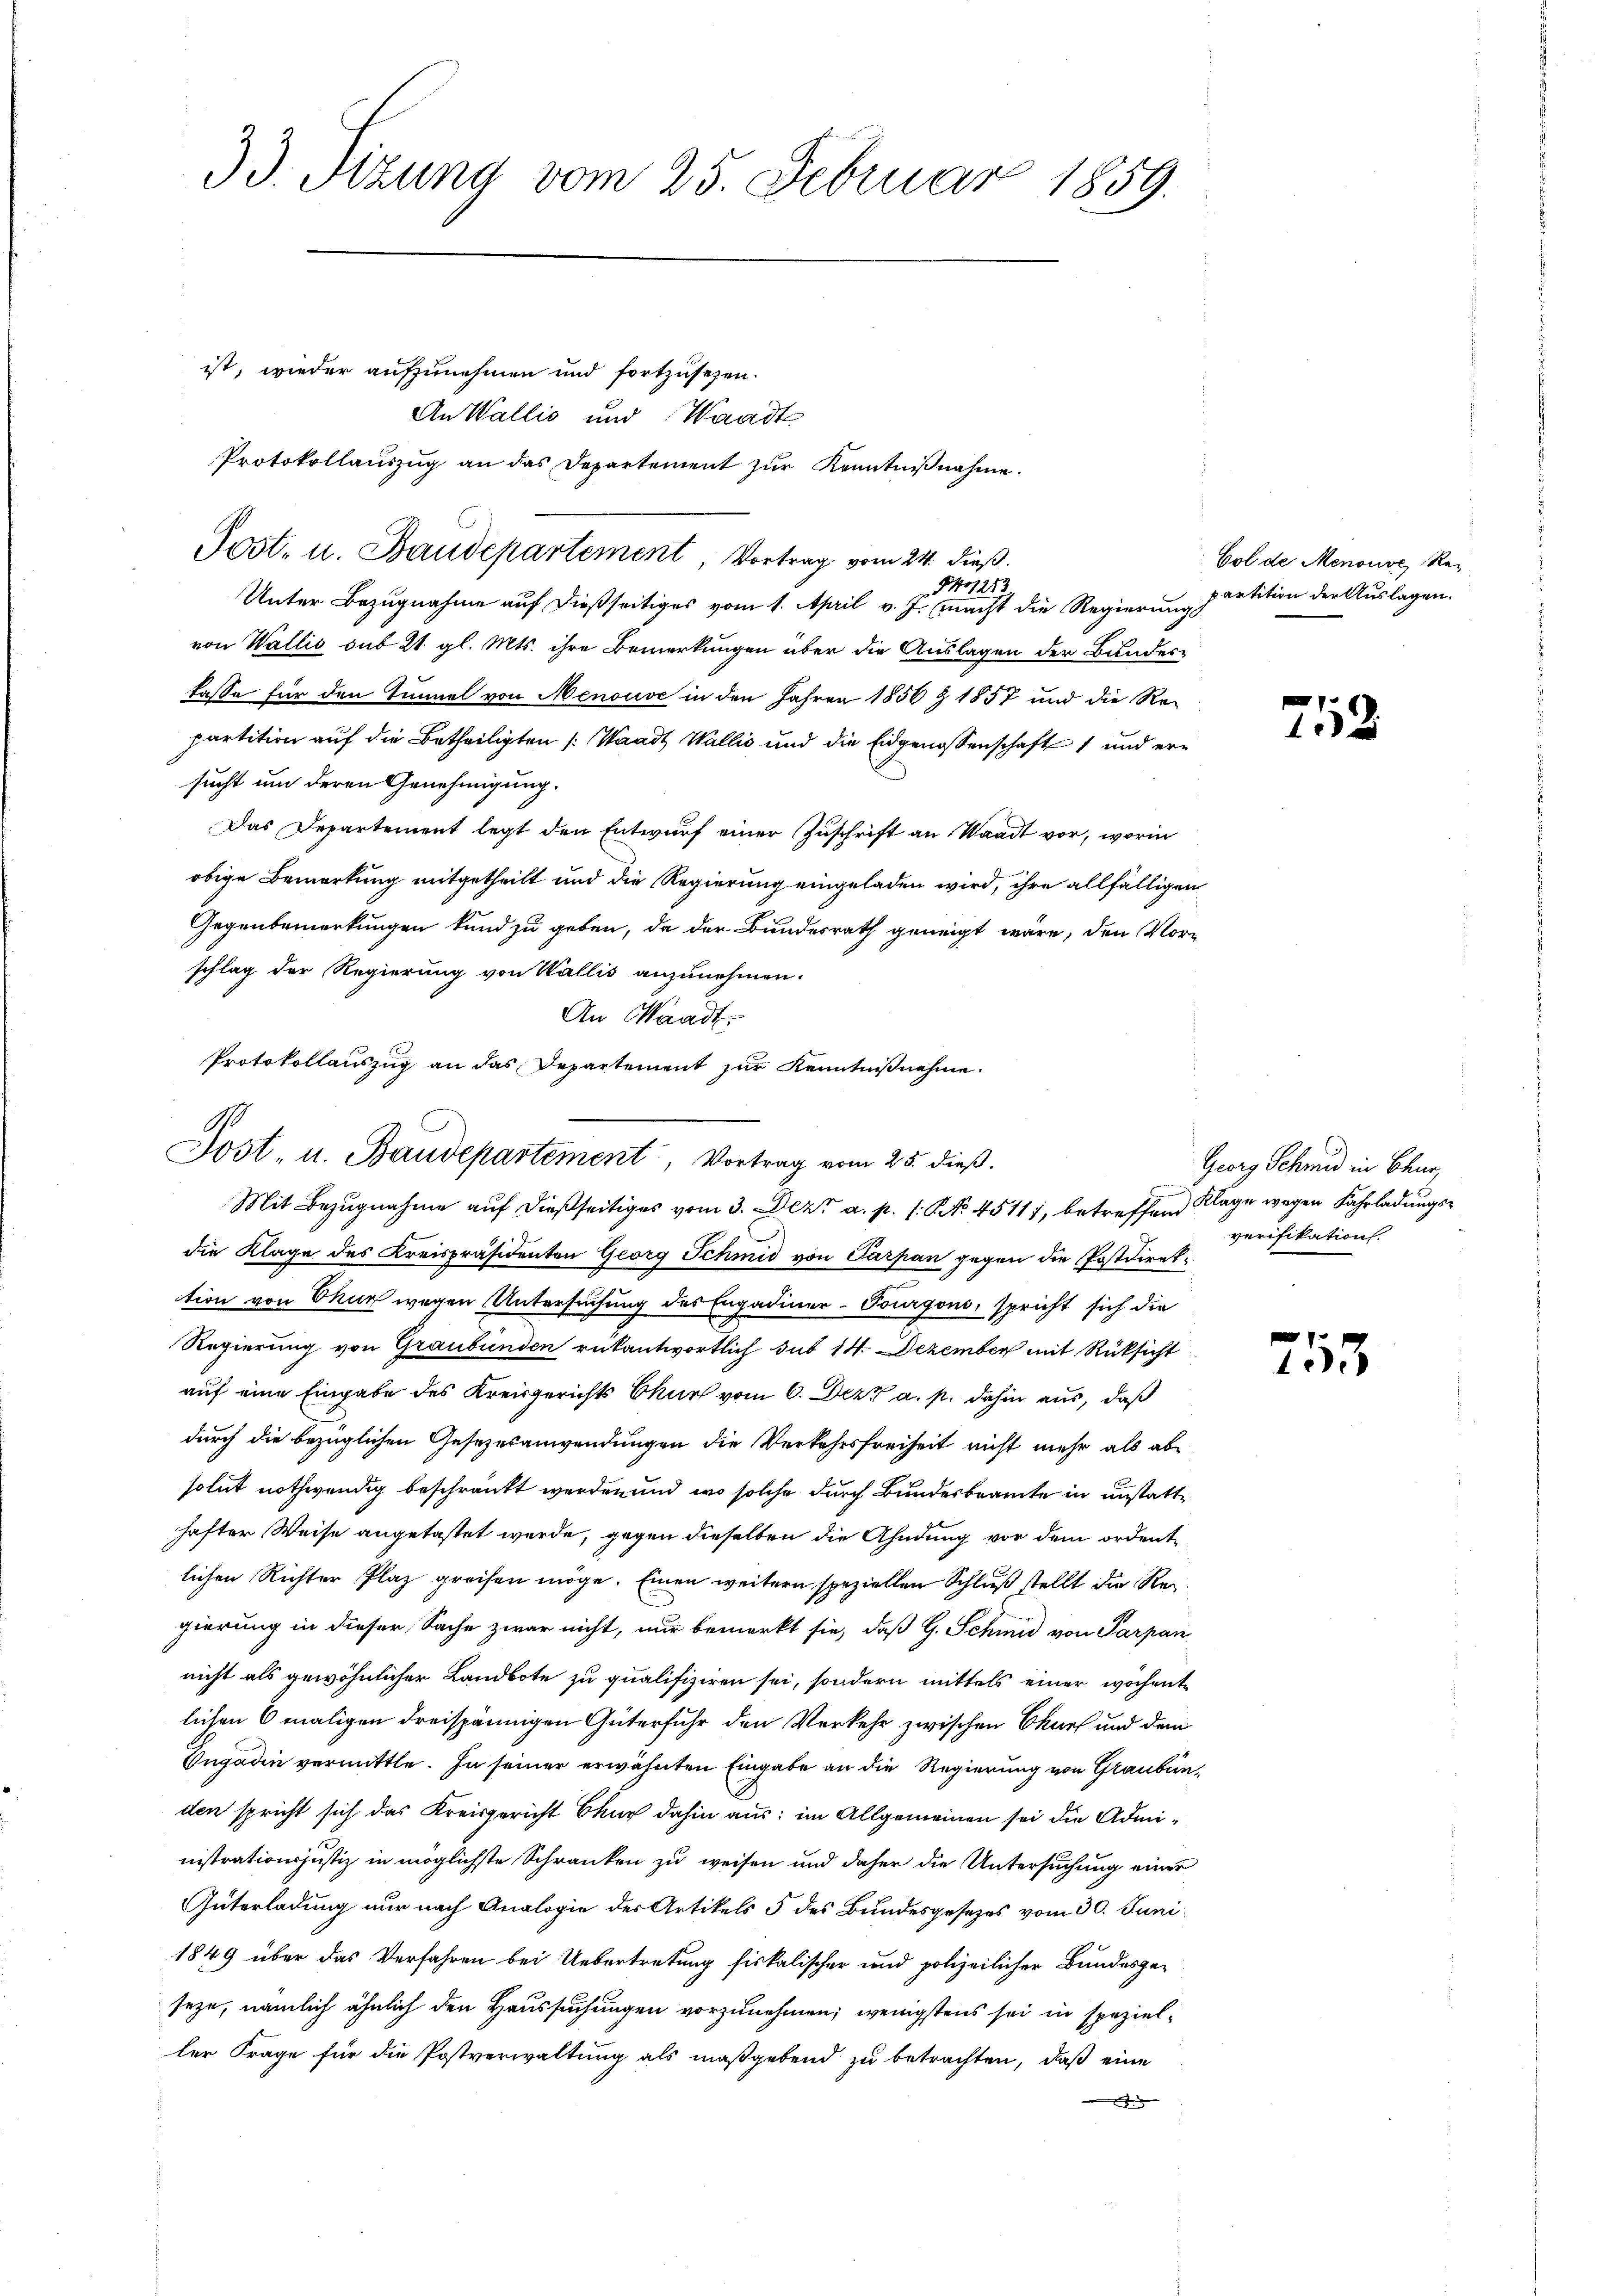
33. Sizung vom 25. Februar 1859.

ist, wieder aufzunehmen und fortzusehen.
An Wallis und Waadt

Protokollauszug an das Departement zur Kenntniβnahme.

Unter Bezugnahme auf dießseitiges vom 1. April v. J. macht die Regierungs
von Wallis sub 21. gl. Mts. ihre Bemerkungen über die Auslagen der Bundes-
lasse für den Tiel von Menouve in den Jahren 1856 § 1857 und die Re-
partition auf die Betheiligten (Waadt Wallis und die Eidgenossenschaft 1 und ersucht um deren Genehmigung.
Das Departement legt den Entwurf einer Zuschrift an Waadt vor, worin
obige Bemerkung mitgetheilt und die Regierung eingeladen wird, ihre allfälligen
Gegenbemerkungen kund zu geben, da der Bundesrath geneigt wäre, den Vorschlag der Regierung von Wallis anzunehmen.
die Klage des Kreispräsidenten Georg Schmid von Parpan gegen die Postdireke
tion von Chur wegen Untersuchung des Engadiner-Tourgoni, spricht sich die
Regierung von Graubünden rükantwortlich sub 14. Dezember mit Rücksicht
auf eine Eingabe des Kreisgerichts Chur vom 6. Dez. a. p. dahin aus, daß
durch die bezüglichen Gesezesanwendungen die Verkehrsfreiheit nicht mehr als abe
solut nothwendig beschränkt werden und wo solche durch Bundesbeamte in unstatthafter Weise angetastet werde, gegen dieselben die Ahndung vor dem ordentlichen Richter Plaz greifen möge. Einen weitern speziellen Schluß stellt die Regierung in dieser Sache zwar nicht, nur bemerkt sie, daß G. Schmid von Parpan
nicht als gewöhnlicher Landbote zu qualifiziren sei, sondern mittels einer wöchente
lichen 6 maligen dreispännigen Güterfuhr den Verkehr zwischen Churf und dem
Engadin vermittle. In seiner erwähnten Eingabe an die Regierung von Graubünden spricht sich das Kreisgericht Chur dahin aus: im Allgemeinen sei die Administrationsjustiz in möglichste Schranken zu weisen und daher die Untersuchung einer
Güterladung nur nach Analogie der Artikels 5 des Bundesgesezes vom 30. Juni
1849 über das Verfahren bei Uebertretung fiskalischer und polizeilicher Bundesgeseze, nämlich ähnlich den Haussuchungen vorzunehmen; wenigstens sei in spezieller Frage für die Postverwaltung als maßgebend zu betrachten, daß eine

An Waadt,
Protokollauszug an das Departement zur Kenntnißnahme.
G
Jost- u. Baudepartement, Vortrag vom 25. dieß.

Post- u. Baudepartement, Vortrag vom 24. dieß.
213.
14.

Mit Bezugnahme auf dießseitiges vom 3. Dez. a. p. 1. No. 45117, betreffend Klage wegen Fahrladungs¬

Col de Menouve, Repartition der Auslagen.

752

Georg Schmid in Chur
verifikation

253